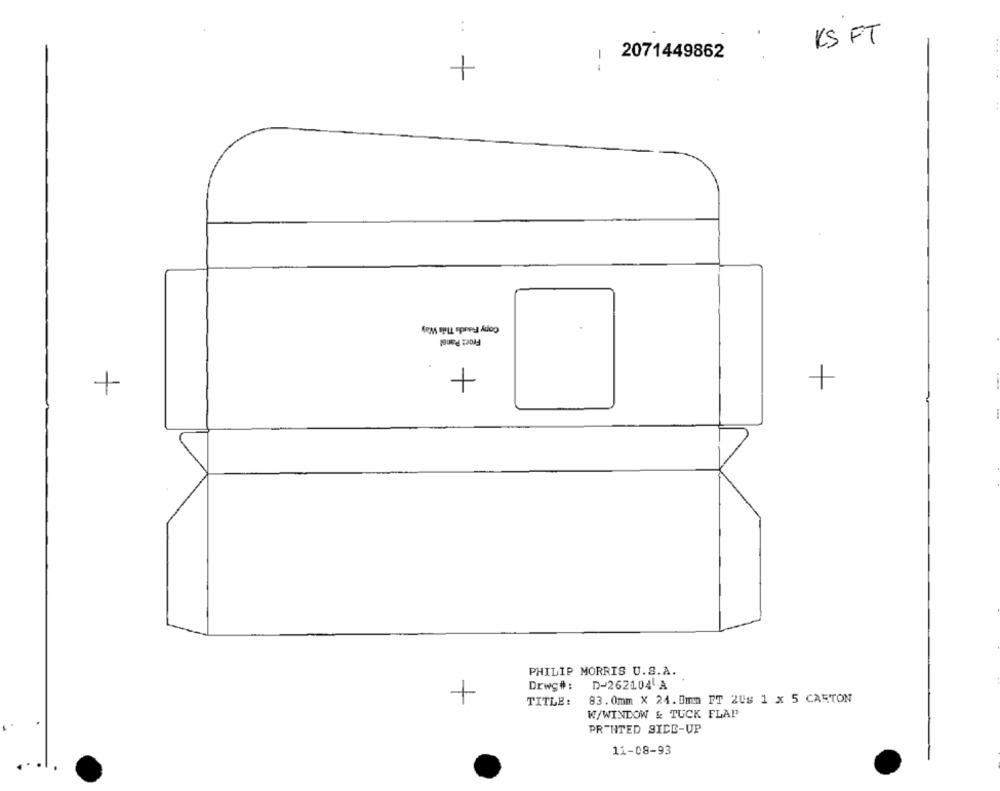
:
KS FT
2071449862
--
+
Cony Fuadds This Way
Froct Panel
+
+
PHILIP MORRIS U.S.A.
Drwy#:
D-262104 A
1
TITLE:
83.0mm X 24.0mm FT 20s 1 x 5 CARTON
W/WINDOW & TUCK FLAP
PRINTED SICE-UP
11-08-93